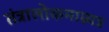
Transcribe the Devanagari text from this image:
तंत्रालोकमाम्न्यत्र